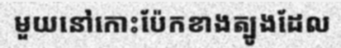
មួយនៅកោះប៉ែកខាងត្បូងដែល